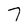
Character: 7